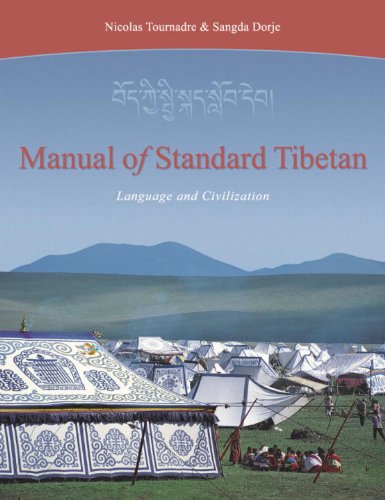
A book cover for Manual Of Standard Tibetan: Language And Civilization; Nicolas Tournadre; History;